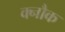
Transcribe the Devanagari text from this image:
क्नौक